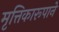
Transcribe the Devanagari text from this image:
मृत्तिकारूपाने